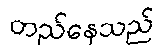
တည်နေသည်